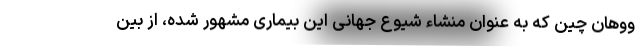
ووهان چین که به عنوان منشاء شیوع جهانی این بیماری مشهور شده، از بین